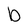
Character: b